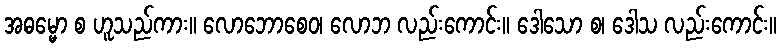
အဓမ္မော စ ဟူသည်ကား။ လောဘောစေဝ၊ လောဘ လည်းကောင်း။ ဒေါသော စ၊ ဒေါသ လည်းကောင်း။